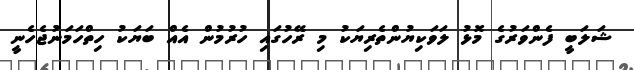
ޝަލަބީ ފެންވަރުގެ މޮޅު ލަވަކިޔުންތެރިޔަކު މި ރޭހުގައި ހުރުމުން އެއް ބަޔަކު ހިތްހަމަނުޖެހެނީ